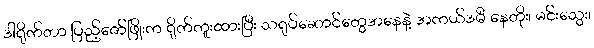
ဒါရိုက်တာ ပြည့်ဇော်ဖြိုးက ရိုက်ကူးထားပြီး သရုပ်ဆောင်တွေအနေနဲ့ အကယ်ဒမီ နေတိုး၊ မင်းသွေး၊